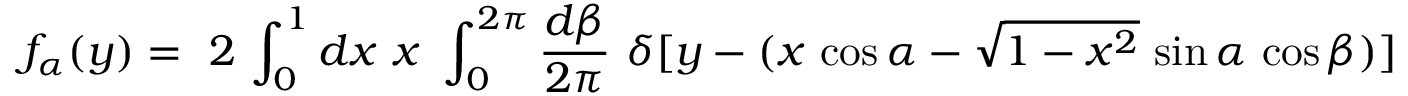
f _ { \alpha } ( y ) = ~ 2 \, \int _ { 0 } ^ { 1 } d x ~ x ~ \int _ { 0 } ^ { 2 \pi } { \frac { d \beta } { 2 \pi } } ~ \delta [ y - ( x \, \cos \alpha - \sqrt { 1 - x ^ { 2 } } \, \sin \alpha \, \cos \beta ) ]